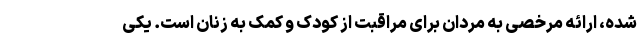
شده، ارائه مرخصی به مردان برای مراقبت از کودک و کمک به زنان است. یکی